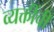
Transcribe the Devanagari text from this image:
व्यक्तींचीं